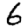
Digit: 6